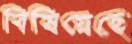
বিষিয়েছে